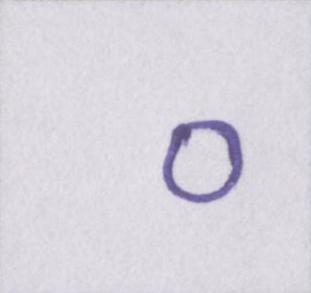
०